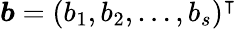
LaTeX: \boldsymbol{b}=(b_{1},b_{2},\dots,b_{s})^{\intercal}